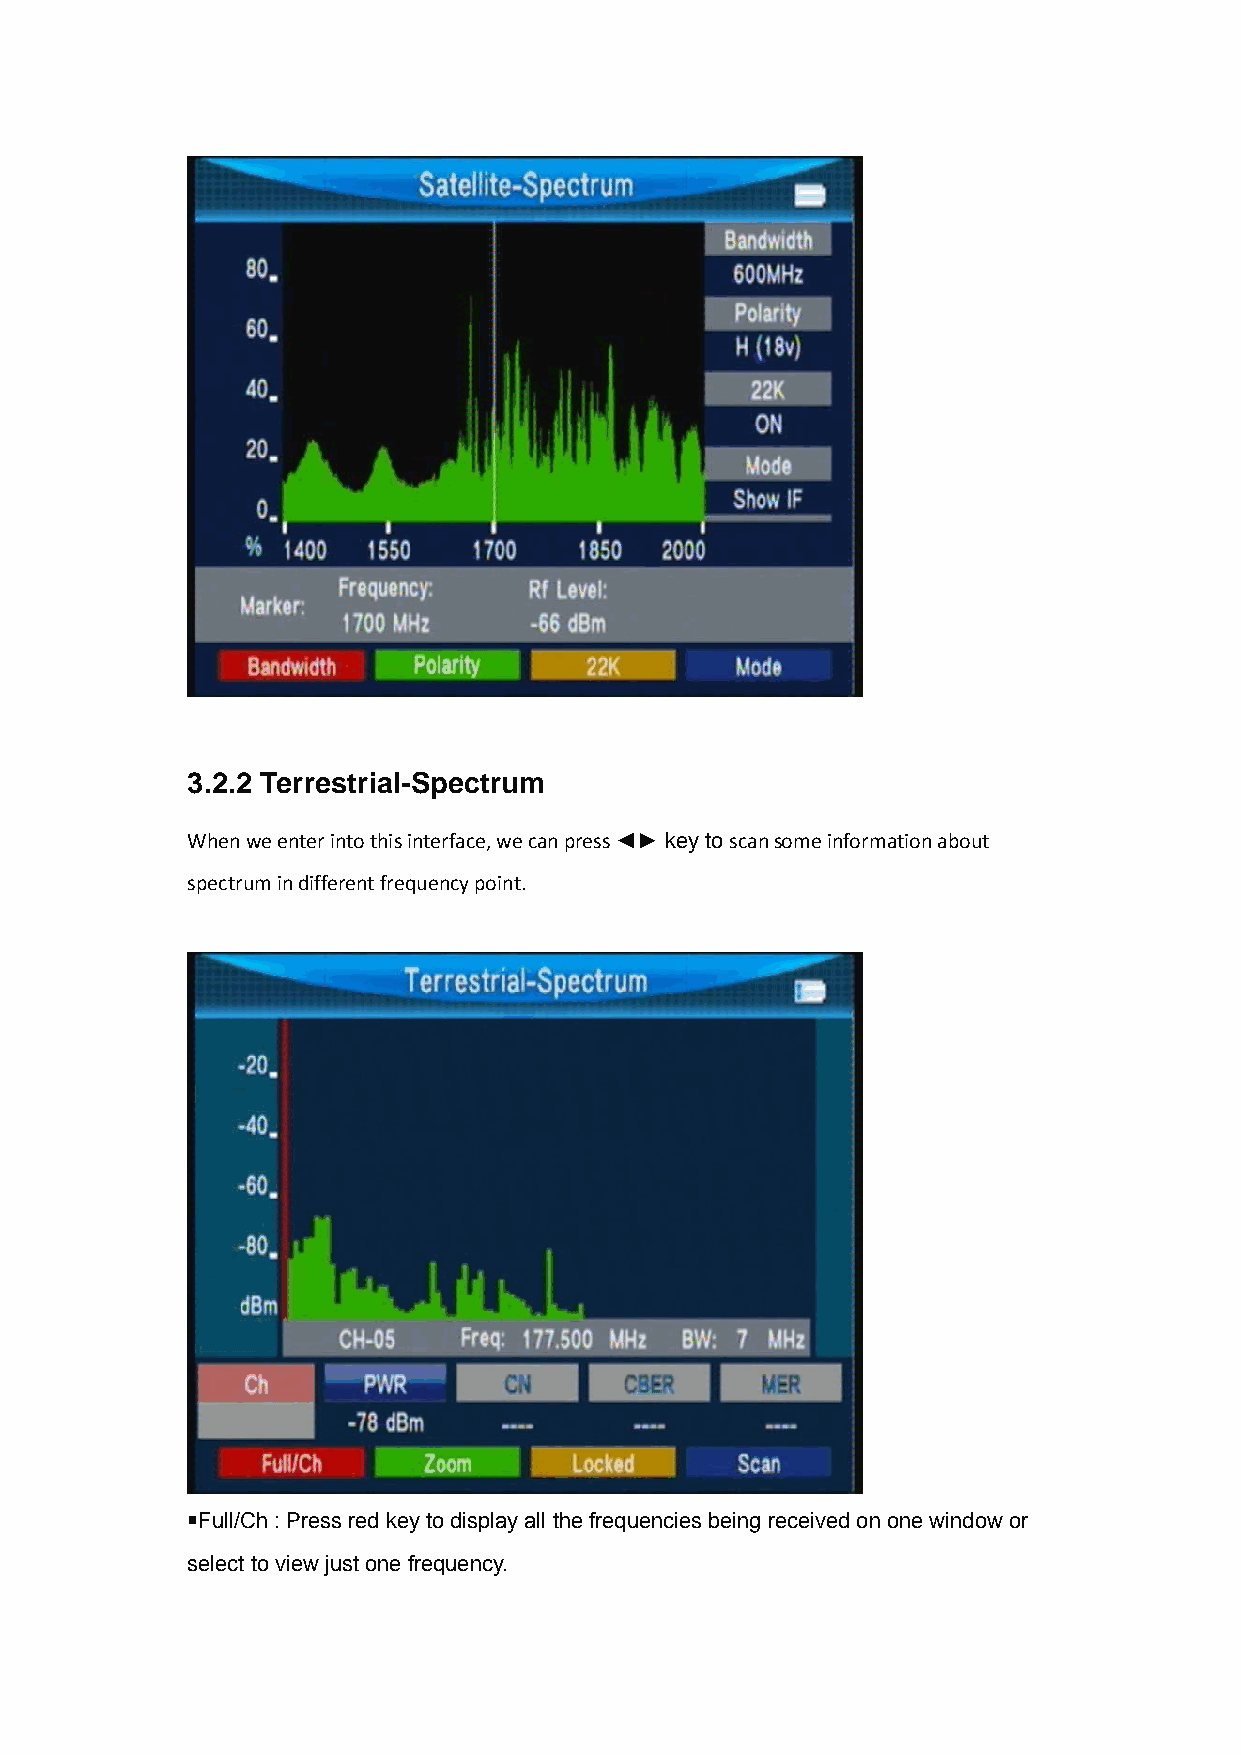
3.2.2 Terrestrial-Spectrum
 When we enter into this interface, we can press ◄► key to scan some information about
 spectrum in different frequency point.
 ￭Full/Ch : Press red key to display all the frequencies being received on one window or
 select to view just one frequency.